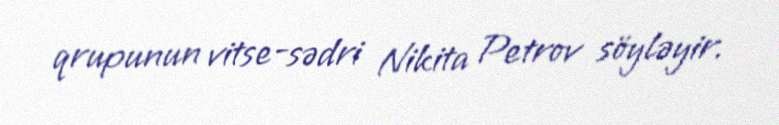
qrupunun vitse-sədri Nikita Petrov söyləyir.